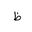
Letter: _za